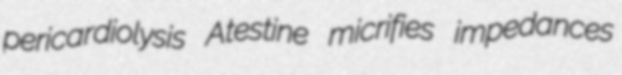
pericardiolysis Atestine micrifies impedances